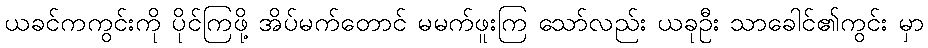
ယခင်ကကွင်းကို ပိုင်ကြဖို့ အိပ်မက်တောင် မမက်ဖူးကြ သော်လည်း ယခုဦး သာခေါင်၏ကွင်း မှာ